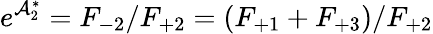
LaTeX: e^{\mathcal{A}_{2}^{\ast}}=F_{-2}/F_{+2}=(F_{+1}+F_{+3})/F_{+2}